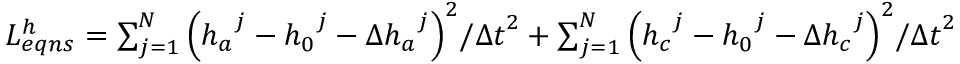
\begin{array} { r } { L _ { e q n s } ^ { h } = \sum _ { j = 1 } ^ { N } { { { \left( { { h } _ { a } } ^ { j } - { { h } _ { 0 } } ^ { j } - \Delta { { h } _ { a } } ^ { j } \right) } ^ { 2 } } / { { \Delta t } ^ { 2 } } } + \sum _ { j = 1 } ^ { N } { { { \left( { { h } _ { c } } ^ { j } - { { h } _ { 0 } } ^ { j } - \Delta { { h } _ { c } } ^ { j } \right) } ^ { 2 } } / { { \Delta t } ^ { 2 } } } } \end{array}